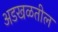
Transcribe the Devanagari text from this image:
अडखळतील